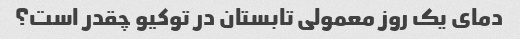
دمای یک روز معمولی تابستان در توکیو چقدر است؟